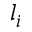
l _ { i }